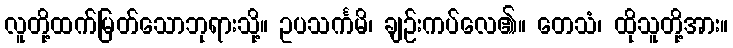
လူတို့ထက်မြတ်သောဘုရားသို့။ ဥပသင်္ကမိ၊ ချဉ်းကပ်လေ၏။ တေသံ၊ ထိုသူတို့အား။